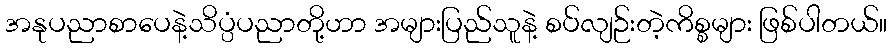
အနုပညာစာပေနဲ့သိပ္ပံပညာတို့ဟာ အများပြည်သူနဲ့ စပ်လျဉ်းတဲ့ကိစ္စများ ဖြစ်ပါတယ်။